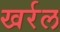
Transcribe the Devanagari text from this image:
खर्रल